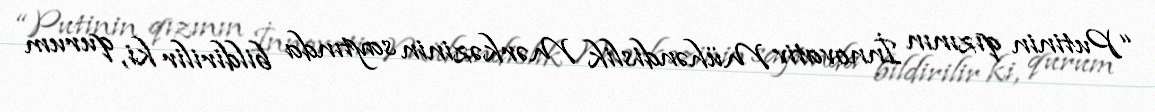
“Putinin qızının İnnovativ Mühəndislik Mərkəzinin saytında bildirilir ki, qurum